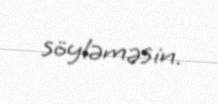
söyləməsin.